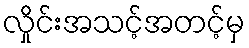
လှိုင်းအသင့်အတင့်မှ